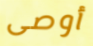
أوصى